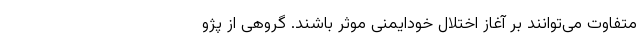
متفاوت می‌توانند بر آغاز اختلال خودایمنی موثر باشند. گروهی از پژو